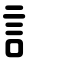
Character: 訁